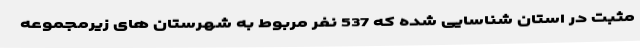
مثبت در استان شناسایی شده که 537 نفر مربوط به شهرستان های زیرمجموعه